Report of the Indian Hemp Drugs Commission, 1894-1895 - Volume V
Year: 1894
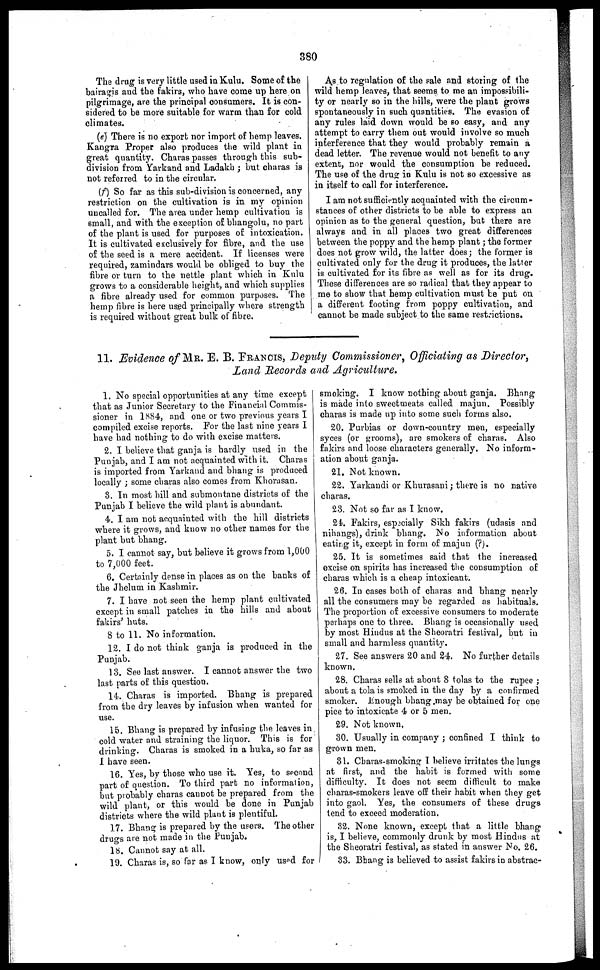
380
The drug is very little used in Kulu. Some of the
bairagis and the fakirs, who have come up here on
pilgrimage, are the principal consumers. It is con-
sidered to be more suitable for warm than for cold
climates.
(e) There is no export nor import of hemp leaves.
Kangra Proper also produces the wild plant in
great quantity. Charas passes through this sub-
division from Yarkand and Ladakh ; but charas is
not referred to in the circular.
(f) So far as this sub-division is concerned, any
restriction on the cultivation is in my opinion
uncalled for. The area under hemp cultivation is
small, and with the exception of bhangolu, no part
of the plant is used for purposes of intoxication.
It is cultivated exclusively for fibre, and the use
of the seed is a mere accident. If licenses were
required, zamindars would be obliged to buy the
fibre or turn to the nettle plant which in Kulu
grows to a considerable height, and which supplies
a fibre already used for common purposes. The
hemp fibre is here used principally where strength
is required without great bulk of fibre.
As to regulation of the sale and storing of the
wild hemp leaves, that seems to me an impossibili-
ty or nearly so in the hills, were the plant grows
spontaneously in such quantities. The evasion of
any rules laid down would be so easy, and any
attempt to carry them out would involve so much
interference that they would probably remain a
dead letter. The revenue would not henefit to any
extent, nor would the consumption be reduced.
The use of the drug in Kulu is not so excessive as
in itself to call for interference.
I am not sufficiently acquainted with the circum-
stances of other districts to be able to express an
opinion as to the general question, but there are
always and in all places two great differences
between the poppy and the hemp plant; the former
does not grow wild, the latter does; the former is
cultivated only for the drug it produces, the latter
is cultivated for its fibre as well as for its drug.
These differences are so radical that they appear to
me to show that hemp cultivation must be put on
a different footing from poppy cultivation, and
cannot be made subject to the same restrictions.
11. Evidence of MR. E. B. FRANCIS, Deputy Commissioner, Officiating as Director,
Land Records and Agriculture.
1. No special opportunities at any time except
that as Junior Secretary to the Financial Commis-
sioner in 1884, and one or two previous years I
compiled excise reports. For the last nine years I
have had nothing to do with excise matters.
2. I believe that ganja is hardly used in the
Punjab, and I am not acquainted with it. Charas
is imported from Yarkand and bhang is produced
locally ; some charas also comes from Khorasan.
8. In most hill and submontane districts of the
Punjab I believe the wild plant is abundant.
4. I am not acquainted with the hill districts
where it grows, and know no other names for the
plant but bhang.
5. I cannot say, but believe it grows from 1,000
to 7,000 feet.
6. Certainly dense in places as on the banks of
the Jhelum in Kashmir.
7. I have not seen the hemp plant cultivated
except in small patches in the hills and about
fakirs' huts.
8 to 11. No information.
12. I do not think ganja is produced in the
Punjab.
13. See last answer. I cannot answer the two
last parts of this question.
14. Charas is imported. Bhang is prepared
from the dry leaves by infusion when wanted for
use.
15. Bhang is prepared by infusing the leaves in
cold water and straining the liquor. This is for
drinking. Charas is smoked in a huka, so far as
I have seen.
16. Yes, by those who use it. Yes, to second
part of question. To third part no information,
but probably charas cannot be prepared from the
wild plant, or this would be done in Punjab
districts where the wild plant is plentiful.
17. Bhang is prepared by the users. The other
drugs are not made in the Punjab.
18. Cannot say at all.
19. Charas is, so far as I know, only used for
smoking. I know nothing about ganja. Bhang
is made into sweetmeats called majun. Possibly
charas is made up into some such forms also.
20. Purbias or down-country men, especially
syces (or grooms), are smokers of charas. Also
fakirs and loose characters generally. No inform-
ation about ganja.
21. Not known.
22. Yarkandi or Khurasani ; there is no native
charas.
23. Not so far as I know.
24. Fakirs, especially Sikh fakirs (udasis and
nihangs), drink bhang. No information about
eating it, except in form of majun (?).
25. It is sometimes said that the increased
excise on spirits has increased the consumption of
charas which is a cheap intoxicant.
26. In cases both of charas and bhang nearly
all the consumers may be regarded as habituals.
The proportion of excessive consumers to moderate
perhaps one to three. Bhang is occasionally used
by most Hindus at the Sheoratri festival, but in
small and harmless quantity.
27. See answers 20 and 24. No further details
known.
28. Charas sells at about 8 tolas to the rupee ;
about a tola is smoked in the day by a confirmed
smoker. Enough bhang may be obtained for one
pice to intoxicate 4 or 5 men.
29. Not known,
30. Usually in company ; confined I think to
grown men.
31. Charas-smoking I believe irritates the lungs
at first, and the habit is formed with some
difficulty. It does not seem difficult to make
charas-smokers leave off their habit when they get
into gaol. Yes, the consumers of these drugs
tend to exceed moderation.
32. None known, except that a little bhang
is, I believe, commonly drunk by most Hindus at
the Sheoratri festival, as stated in answer No. 26.
33. Bhang is believed to assist fakirs in abstrac-